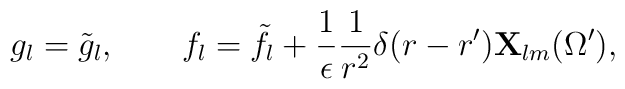
g_l=\tilde g_l,\qquad f_l=\tilde f_l+{1\over\epsilon}{1\over r^2}\delta(r-r'){\bf X}_{lm}(\Omega'),